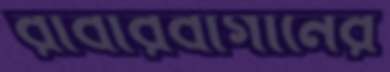
রাবারবাগানের